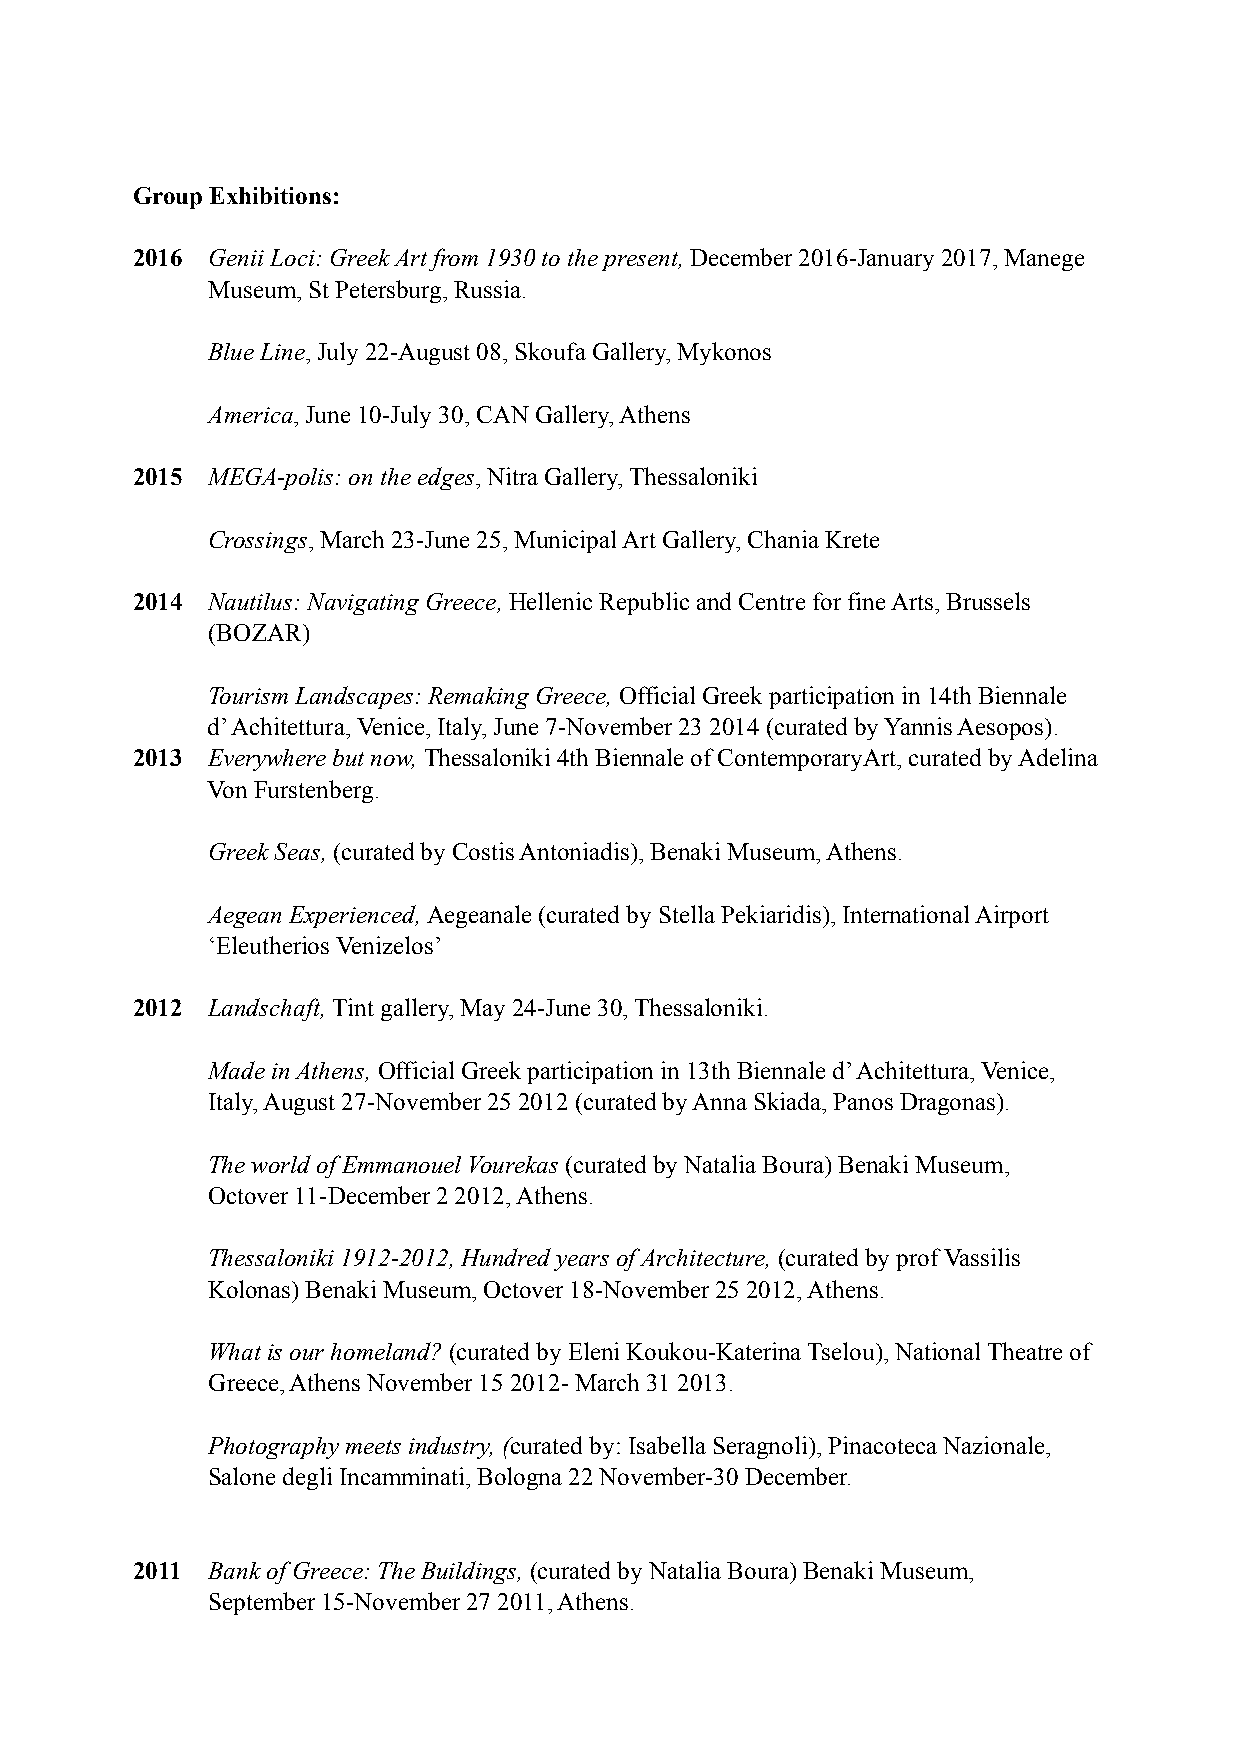
Group Exhibitions:
 2016 Genii Loci: Greek Art from 1930 to the present, December 2016-January 2017, Manege
 Museum, St Petersburg, Russia.
 Blue Line, July 22-August 08, Skoufa Gallery, Mykonos
 America, June 10-July 30, CAN Gallery, Athens
 2015 MEGA-polis: on the edges, Nitra Gallery, Thessaloniki
 Crossings, March 23-June 25, Municipal Art Gallery, Chania Krete
 2014 Nautilus: Navigating Greece, Hellenic Republic and Centre for fine Arts, Brussels
 (BOZAR)
 Tourism Landscapes: Remaking Greece, Official Greek participation in 14th Biennale
 d’ Achitettura, Venice, Italy, June 7-November 23 2014 (curated by Yannis Aesopos).
 2013 Everywhere but now, Thessaloniki 4th Biennale of ContemporaryArt, curated by Adelina
 Von Furstenberg.
 Greek Seas, (curated by Costis Antoniadis), Benaki Museum, Athens.
 Aegean Experienced, Aegeanale (curated by Stella Pekiaridis), International Airport
 ‘Eleutherios Venizelos’
 2012 Landschaft, Τint gallery, May 24-June 30, Thessaloniki.
 Made in Athens, Official Greek participation in 13th Biennale d’ Achitettura, Venice,
 Italy, August 27-November 25 2012 (curated by Anna Skiada, Panos Dragonas).
 The world of Emmanouel Vourekas (curated by Natalia Boura) Benaki Museum,
 Octover 11-December 2 2012, Athens.
 Thessaloniki 1912-2012, Hundred years of Architecture, (curated by prof Vassilis
 Kolonas) Benaki Museum, Octover 18-November 25 2012, Athens.
 What is our homeland? (curated by Eleni Koukou-Katerina Tselou), National Theatre of
 Greece, Athens November 15 2012- March 31 2013.
 Photography meets industry, (curated by: Isabella Seragnoli), Pinacoteca Nazionale,
 Salone degli Incamminati, Bologna 22 November-30 December.
 2011 Bank of Greece: The Buildings, (curated by Natalia Boura) Benaki Museum,
 September 15-November 27 2011, Athens.